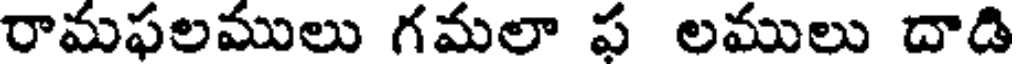
రామఫలములు గమలా ఫ లములు దాడి